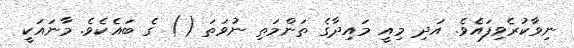
ނިވާކުރެވިފައެވެ. އަދި މިއީ މައިދާގެ ތަންމަތި ނުވަތަ () ގެ ބައެކެވެ. މާނައަކީ